Annual report of the Punjab Veterinary College and of the Civil Veterinary Department, Punjab - 1909-1919
Year: 1909
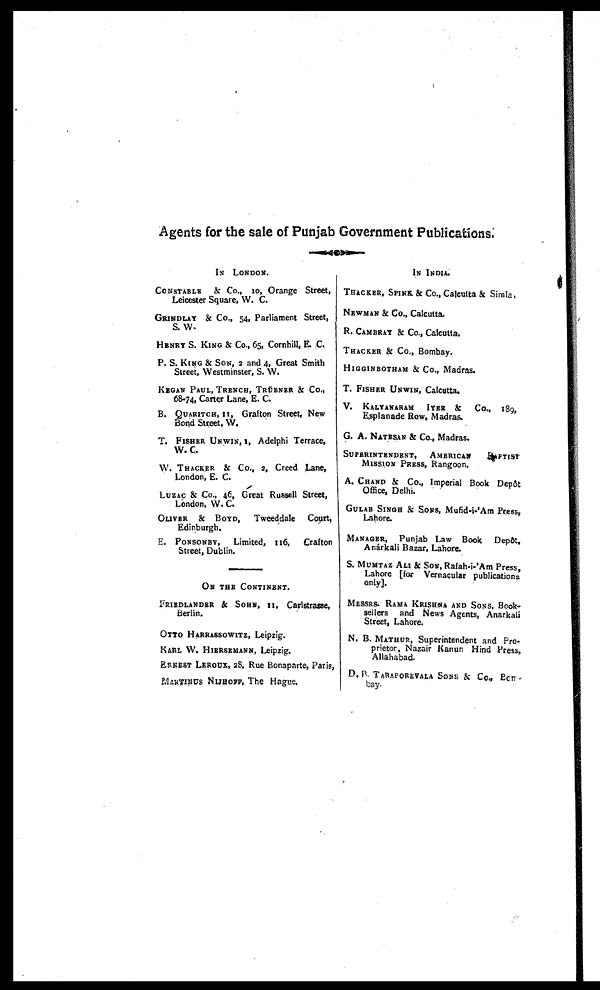
Agents for the sale of Punjab Government Publications.
IN LONDON.
CONSTABLE & Co., 10, Orange Street,
Leicester Square, W. C.
GRINKLAY & Co., 54, Parliament Street,
S. W.
HENRY S. KING & Co., 65, Cornhill, E. C.
P. S. KING & SON, 2 and 4, Great Smith
Street, Westminster, S. W.
KEGAN PAUL, TRENCH, TRUBER & Co.,
68-74, Carter Lane, E. C.
B. QUARITCH, 11, Grafton Street, New
Bond Street, W.
T. FISHER UNWIN, 1, Adelphi Terrace,
W.C.
W. THACKER & Co., 2, Creed Lane,
London, E. C.
LUZAC & Co., 46, Great Russell Street,
London, W. C.
OLIVER & BOYD, Tweeddale
Court,
Edinburgh.
E. PONSONBY, Limited, 116,
Crafton
Street, Dublin.
ON THE CONTINET.
FRIEDLANDER & SOHN, 11, Carlstrasse,
Berlin.
OTTO HARRASSOWITZ, Leipzig.
KARL W. HIERSEMANN, Leipzig.
ERNEST LEROUX, 28. Rue Bonaparte, Paris,
MARTINUS NIJHOFF, The Hague.
IN INDIA.
THACKER, SPINK & Co., Calcutta & Simla,
NEWMAN & Co., Calcutta.
R. CAMBRAY & Co., Calcutta,
THACKER & Co., Bombay.
HIGGINBOTHAM & Co., Madras.
T. FISHER UNWIN, Calcutta.
V. KALYANARAM IYER & Co., 189,
Esplanade Row, Madras.
G. A. NATESAN & Co., Madras.
SUPERINTEDENT,
AMERICAN BAPTIST
MISSION PRESS, Rangoon,
A. CHAND & Co., Imperial Book Depôt
Office, Delhi.
GULAB SINGH & SONS, Mufid-i-'Am Press,
Lahore.
MANAGER, Punjab Law Book
Depôt,
Anárkali Bazar, Lahore.
S. MUMTAZ ALI & SON, Rafah-i-'Am Press,
Lahore [for Vernacular publications
only].
MESSRS. RAMA KRISHNA AND SONS, Book-
sellers and News Agents, Anarkali
Street, Lahore.
N. B. MATHUR, Superintendent and Pro-
prietor, Nazair Kanun Hind Press,
Allahabad.
D. B. TARAPOREVALA SONS & Co., Bom-
bay.